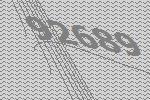
92689